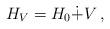
LaTeX: \begin{align*} H_V = H_0 \dot{+} V \,,\end{align*}